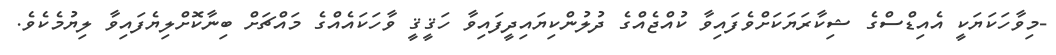
-މިވާހަކަޔަކީ އެއިޑްސްގެ ޝިކާރަޔަކަށްވެފައިވާ ކުއްޖެއްގެ ދުލުންކިޔައިދީފައިވާ ހަޤީޤީ ވާހަކައެއްގެ މައްޗަށް ބިނާކޮށްލިޔެފައިވާ ލިޔުމެކެވެ.